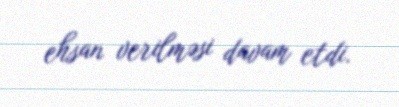
ehsan verilməsi davam etdi.